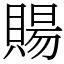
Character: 𧶽